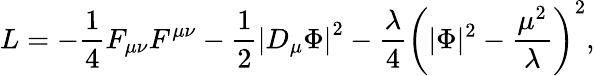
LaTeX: L=-{\frac{1}{4}}F_{\mu\nu}F^{\mu\nu}-{\frac{1}{2}}\left|D_{\mu}\Phi\right|^{2}-{\frac{\lambda}{4}}\left(|\Phi|^{2}-{\frac{\mu^{2}}{\lambda}}\right)^{2},